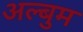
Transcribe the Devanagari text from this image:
अल्बुम